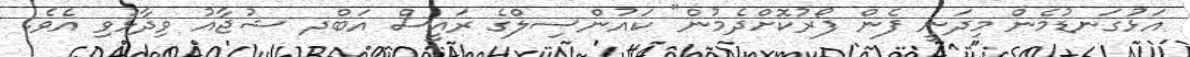
އަޅުގަނޑުމެން މިދަނީ ފެން ފޯރުކޮށްދެމުން" ކައުންސިލްގެ ރައީސް އަބްދ ޝުޖާއު ވިދާޅުވި އެވެ.